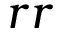
r r